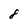
Character: 8